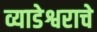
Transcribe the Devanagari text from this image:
व्याडेश्वराचे